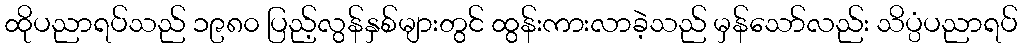
ထိုပညာရပ်သည် ၁၉၈၀ ပြည့်လွန်နှစ်များတွင် ထွန်းကားလာခဲ့သည် မှန်သော်လည်း သိပ္ပံပညာရပ်